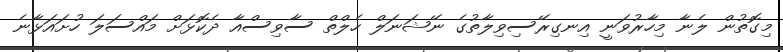
މިގޮތުން ލެނާ މިހާރުވަނީ އިނގިރޭސިވިލާތުގެ ނޭޝަނަލް ހެލްތް ސާވިސްއާ ދެކޮޅަށް މައްސަލަ ހުށައަޅާނެ